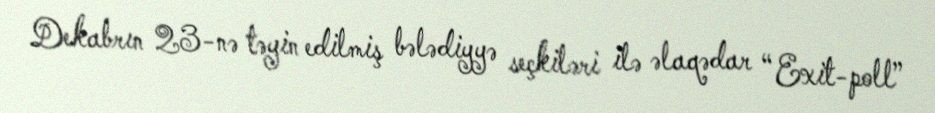
Dekabrın 23-nə təyin edilmiş bələdiyyə seçkiləri ilə əlaqədar “Exit-poll”